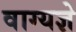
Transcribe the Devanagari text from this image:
वाग्यज्ञे